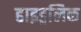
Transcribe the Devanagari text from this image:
हाइड्रलिक